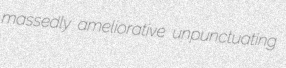
massedly ameliorative unpunctuating